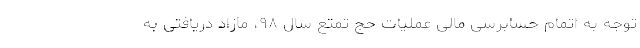
توجه به اتمام حسابرسی مالی عملیات حج تمتع سال ۹۸، مازاد دریافتی به